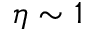
\eta \sim 1